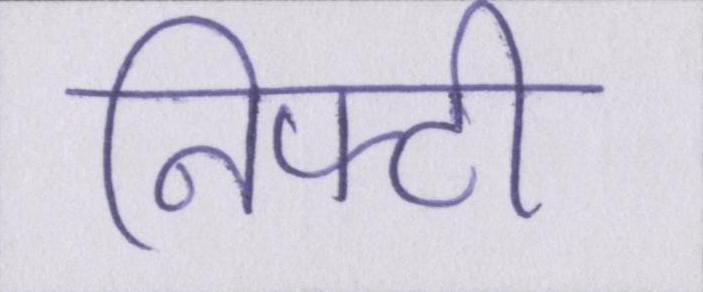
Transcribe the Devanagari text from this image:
निफ्टी